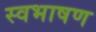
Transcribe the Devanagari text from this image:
स्वभाषण